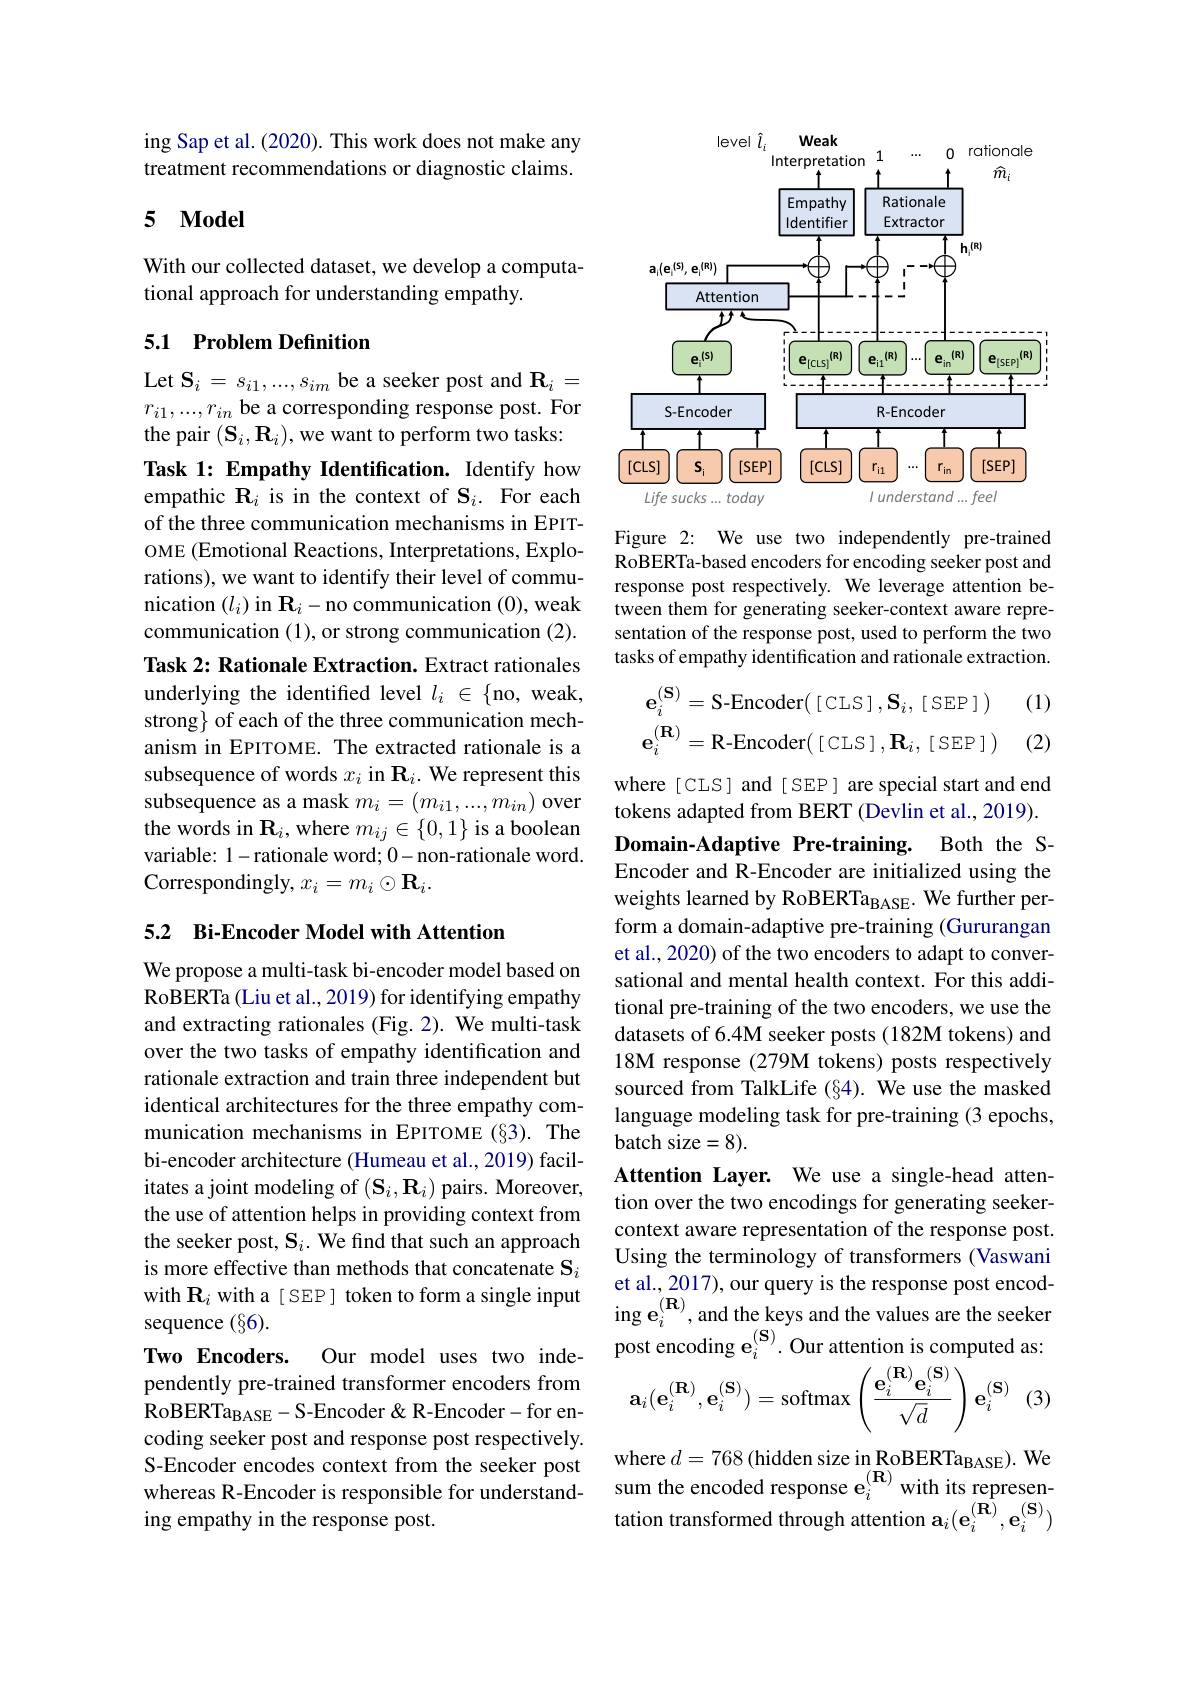
ing Sap et al. (2020). This work does not make any treatment recommendations or diagnostic claims.

## 5 $\mathbf{Model}$

With our collected dataset, we develop a computa-
tional approach for understanding empathy.

### 5.1 Problem Definition

Let $\mathbf{S}_i=s_{i1},...,s_{im}$ be a seeker post and $\mathbf{R}_i=$ $r_{i1},...,r_{in}$ be a corresponding response post. For the pair $(\mathbf{S}_i,\mathbf{R}_i)$, we want to perform two tasks: Task 1: Empathy Identification. Identify how empathic R$_i$ is in the context of $\mathbf{S}_i.$ For each of the three communication mechanisms in EPITOME (Emotional Reactions, Interpretations, Explorations), we want to identify their level of communication $(l_i)$ in $\mathbf{R}_i-$no communication (0),weak communication (1),or strong communication (2). Task 2: Rationale Extraction. Extract rationales underlying the identified level $l_i\in\{$no,weak, strong} of each of the three communication mechanism in EPITOME. The extracted rationale is a subsequence of words $x_i$ in $\mathbf{R}_i.$ We represent this subsequence as a mask $m_i=(m_{i1},...,m_{in})$ over the words in $\mathbf{R}_i$,where $m_ij\in\{0,1\}$ is a boolean variable: 1-rationale word; 0-non-rationale word. Correspondingly, $x_i=m_i\odot\mathbf{R}_i.$

## 5.2 Bi-Encoder Model with Attention

We propose a multi-task bi-encoder model based on RoBERTa (Liu et al., 2019) for identifying empathy and extracting rationales (Fig. 2). We multi-task over the two tasks of empathy identification and rationale extraction and train three independent but identical architectures for the three empathy communication mechanisms in EPITOME (§3). The bi-encoder architecture (Humeau et al., 2019) facilitates a joint modeling of $(\mathbf{S}_{i},\mathbf{R}_{i})$ pairs. Moreover, the use of attention helps in providing context from the seeker post, $\mathbf{S}_i.$ We find that such an approach is more effective than methods that concatenate Si with $\mathbf{R}_i$ with a [ SEP ] token to form a single input sequence (§6). Two Encoders.
Our model uses two inde-
pendently pre-trained transformer encoders from $RoBERTa_{BASE}-S-Encoder R-Encoder-for en-$ coding seeker post and response post respectively. S-Encoder encodes context from the seeker post whereas R-Encoder is responsible for understanding empathy in the response post.

<FigureHere>

Figure 2: We use two independently pre-trained RoBERTa-based encoders for encoding seeker post and response post respectively. We leverage attention between them for generating seeker-context aware representation of the response post, used to perform the two tasks of empathy identification and rationale extraction.
$$\mathbf{e}_{i}^{(\mathbf{S})}=\text{S-Encoder([CLS]},\mathbf{S}_{i},\text{[SEP]})\\\mathbf{e}_{i}^{(\mathbf{R})}=\text{R-Encoder([CLS]},\mathbf{R}_{i},\text{[SEP]})$$
where[CLS] and[SEP] are special start and end tokens adapted from BERT (Devlin et al., 2019). Domain-Adaptive Pre-training. Both the SEncoder and R-Encoder are initialized using the weights learned by RoBERTa$_\mathrm{BASE}.$ We further perform a domain-adaptive pre-training (Gururangan et al., 2020) of the two encoders to adapt to conversational and mental health context. For this additional pre-training of the two encoders, we use the datasets of 6.4M seeker posts (182M tokens) and 18M response (279M tokens) posts respectively sourced from TalkLife (§4). We use the masked language modeling task for pre-training (3 epochs, batch size=8).
Attention Layer. We use a single-head attention over the two encodings for generating seekercontext aware representation of the response post. Using the terminology of transformers (Vaswani et al., 2017), our query is the response post encoding $\mathbf{e}_i^{(\mathbf{R})}$,and the keys and the values are the seeker post encoding $\mathrm{e}_i^{(\mathbf{S})}.$ Our attention is computed as
$$\mathbf{a}_i(\mathbf{e}_i^{(\mathbf{R})},\mathbf{e}_i^{(\mathbf{S})})=\mathrm{softmax}\left(\frac{\mathbf{e}_i^{(\mathbf{R})}\mathbf{e}_i^{(\mathbf{S})}}{\sqrt{d}}\right)\mathbf{e}_i^{(\mathbf{S})}$$
(3)
where $d=768$ (hidden size in RoBERTa$_\mathrm{BASE}).$ We

sum the encoded response $\mathbf{e}_i^{(\mathbf{R})}$ with its represen

tation transformed through attention $\mathbf{a}_i(\mathbf{e}_{i}^{(\mathbf{R})},\mathbf{e}_{i}^{(\mathbf{S})})$